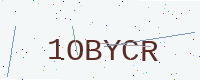
Text: 1OBYCR